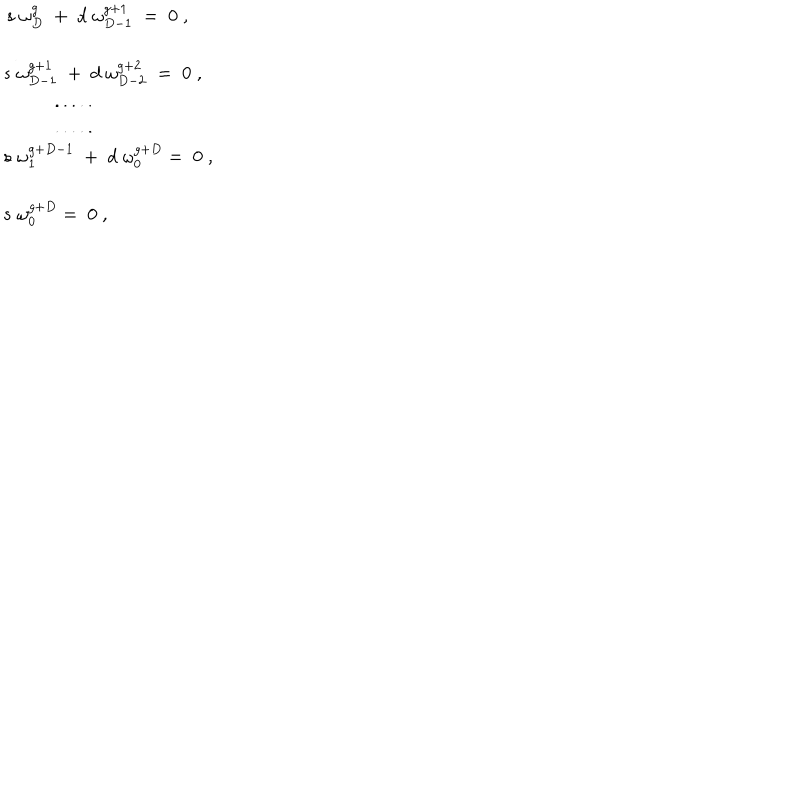
\begin{array} { l } { { \, s \; \omega _ { D } ^ { g } \; + \; d \; \omega _ { D - 1 } ^ { g + 1 } \; = \; 0 \; , } } \\ { { s \; \omega _ { D - 1 } ^ { g + 1 } \; + \; d \; \omega _ { D - 2 } ^ { g + 2 } \; = \; 0 \; , } } \\ { { \; . . . . . } } \\ { { \; . . . . . } } \\ { { s \; \omega _ { 1 } ^ { g + D - 1 } \; + \; d \; \omega _ { 0 } ^ { g + D } = \; 0 \; , } } \\ { { s \; \omega _ { 0 } ^ { g + D } = \; 0 \; , } } \\ \end{array}